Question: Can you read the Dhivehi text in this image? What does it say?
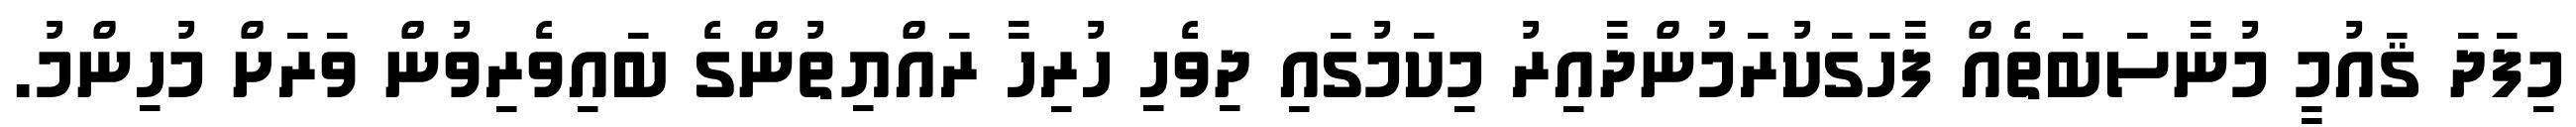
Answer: މިފަދަ ޤައުމީ މުނާސަބަތެއް ފާހަގަކުރަމުންދާއިރު މިކަމުގައި ދިވެހި ހުރިހާ ރައްޔިތުންގެ ބައިވެރިވުން ވަރަށް މުހިންމު.